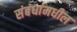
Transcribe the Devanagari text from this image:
संबंधांमधील